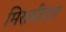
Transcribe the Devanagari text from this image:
मिरासीदार